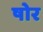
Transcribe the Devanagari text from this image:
षोर